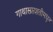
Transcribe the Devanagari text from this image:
गाथासप्तशतीमधून